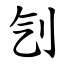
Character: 刏